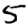
Digit: 5